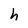
Character: h